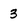
Character: 3